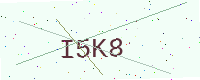
Text: I5K8